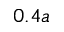
0 . 4 a